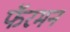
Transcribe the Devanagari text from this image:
फॅरमन